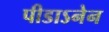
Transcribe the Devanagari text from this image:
पीडाऽनेन